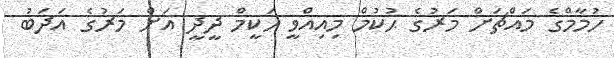
ހުމާމްގެ މައްޗަށް މަރުގެ ޙުކުމް މިއިއްވީ ހަކީމް ދީދީ އަށް މަރުގެ އަދަބު